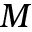
M